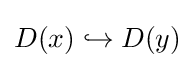
D(x)\hookrightarrow D(y)